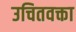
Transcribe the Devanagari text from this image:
उचितवक्ता